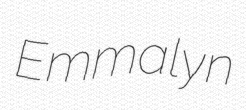
Emmalyn